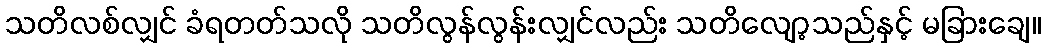
သတိလစ်လျှင် ခံရတတ်သလို သတိလွန်လွန်းလျှင်လည်း သတိလျော့သည်နှင့် မခြားချေ။